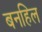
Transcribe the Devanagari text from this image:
बनहिल